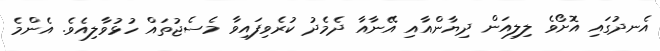
އެނދުގައި އޮށޯވެ ލިލިއަން ދިޔާންއާއި އޭނާއާ ދެމެދު ކުރެވިފައިވާ މެސެޖުތައް ހުޅުވާލިއެވެ. އެންމެ